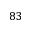
8 3